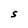
Character: S